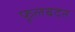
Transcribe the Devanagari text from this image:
फूलबदन